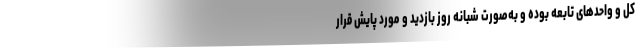
کل و واحد‌های تابعه بوده و به‌صورت شبانه روز بازدید و مورد پایش قرار